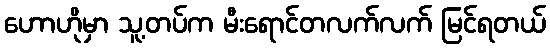
ဟောဟိုမှာ သူ့တပ်က မီးရောင်တလက်လက် မြင်ရတယ်